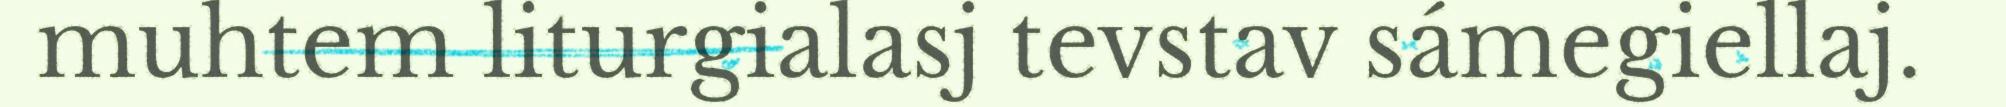
muhtem liturgialasj tevstav sámegiellaj.